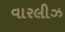
વારલીઝ